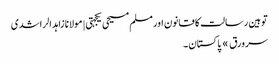
توہین رسالت کا قانون اور مسلم مسیحی یکجہتی | مولانا زاہد الراشدی
سرورق » پاکستان ۔